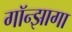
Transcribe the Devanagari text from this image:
गॉन्झागा